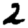
Digit: 2